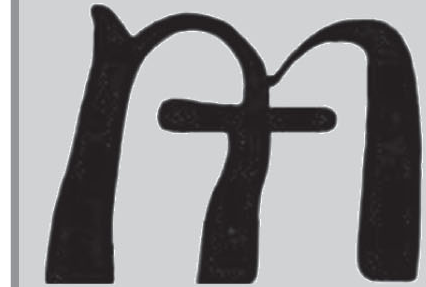
m